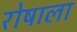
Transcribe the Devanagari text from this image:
रोषाला